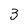
Character: 3